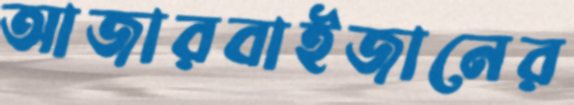
আজারবাইজানের